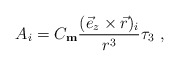
\begin{align*}A_i = C_{\rm \bf m}\frac{(\vec{e}_z \times \vec{r})_i}{r^3} \tau_3 \ ,\end{align*}